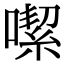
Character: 噄